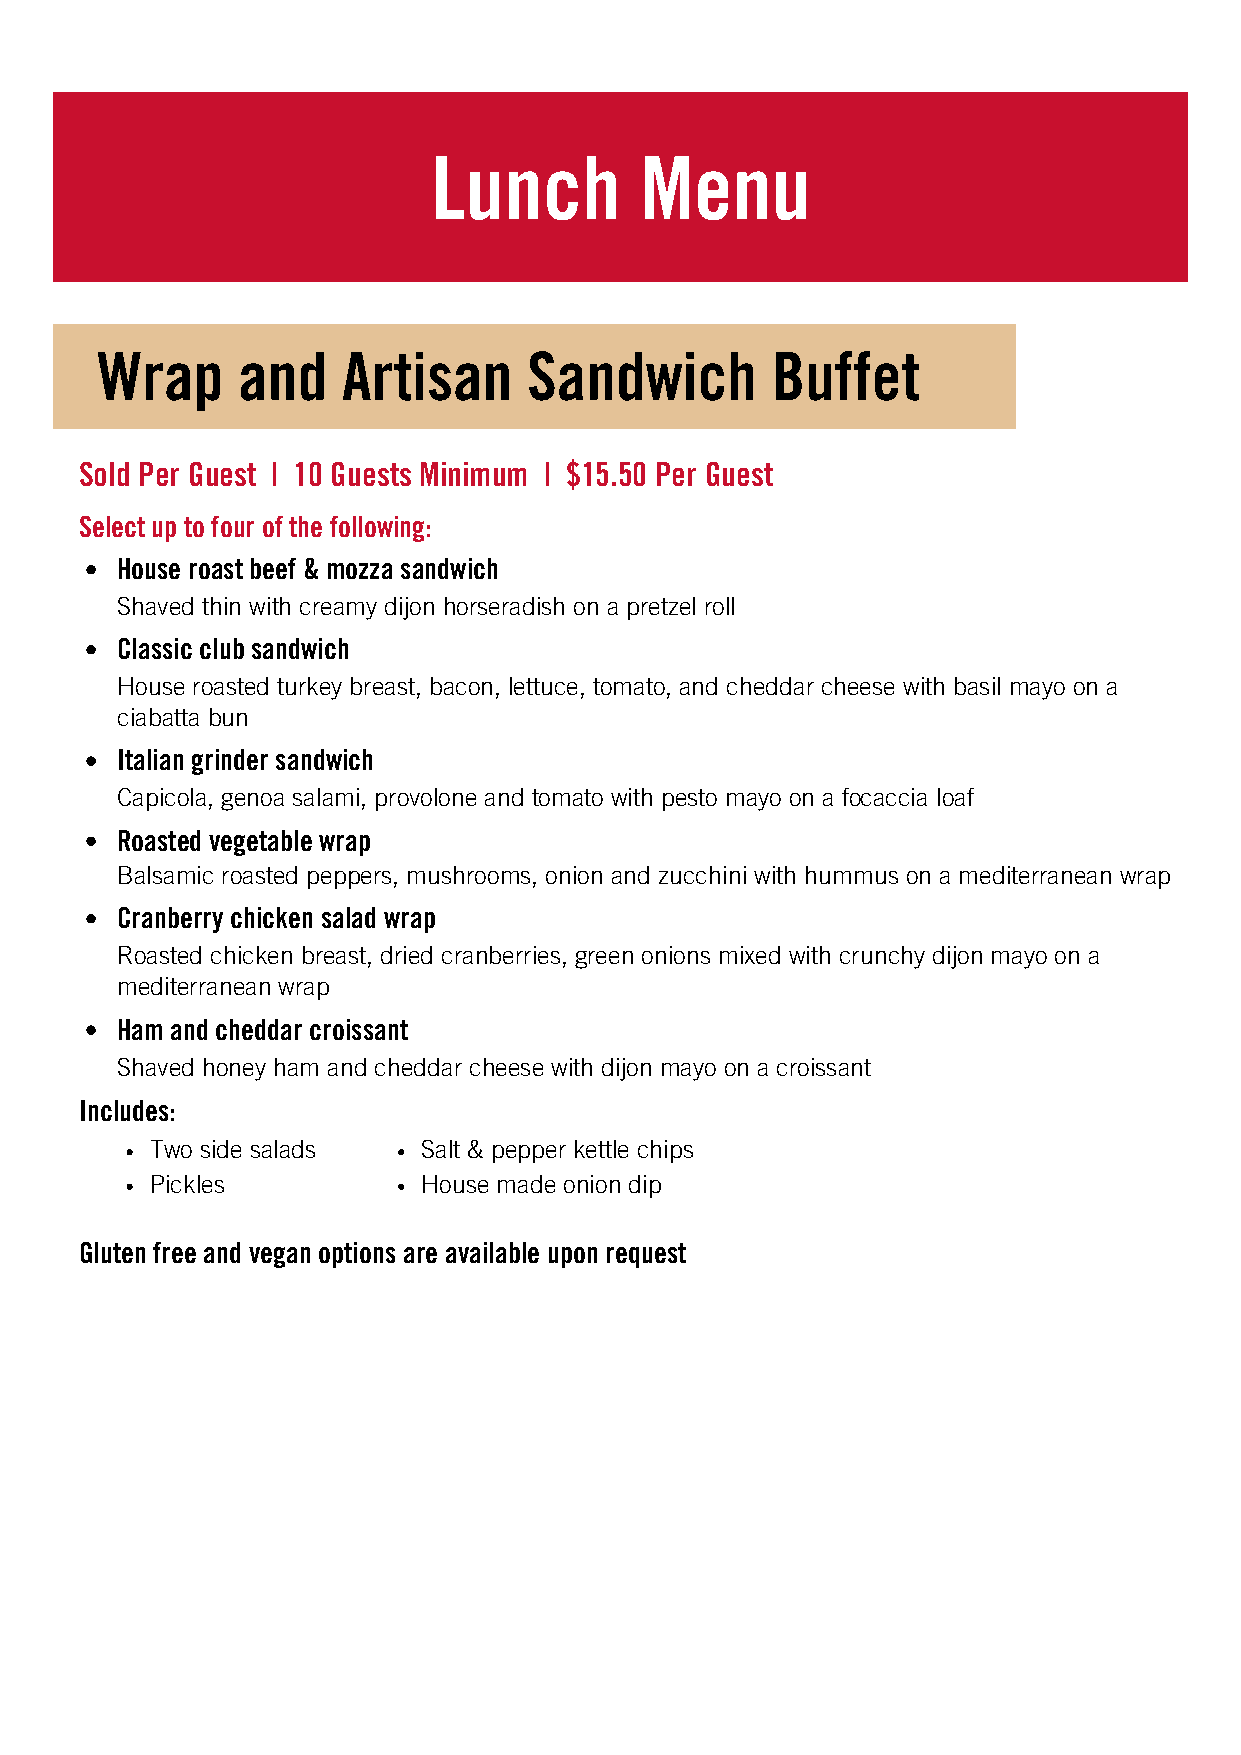
Lunch        Menu
 Wrap      and    Artisan     Sandwich        Buffet
 Sold Per Guest | 10 Guests Minimum | $15.50 Per Guest
 Select up to four of the following:
 House roast beef & mozza sandwich
 Shaved thin with creamy dijon horseradish on a pretzel roll
 Classic club sandwich
 House roasted turkey breast, bacon, lettuce, tomato, and cheddar cheese with basil mayo on a
 ciabatta bun
 Italian grinder sandwich
 Capicola, genoa salami, provolone and tomato with pesto mayo on a focaccia loaf
 Roasted vegetable wrap
 Balsamic roasted peppers, mushrooms, onion and zucchini with hummus on a mediterranean wrap
 Cranberry chicken salad wrap
 Roasted chicken breast, dried cranberries, green onions mixed with crunchy dijon mayo on a
 mediterranean wrap
 Ham and cheddar croissant
 Shaved honey ham and cheddar cheese with dijon mayo on a croissant
 Includes:
 Two side salads   Salt & pepper kettle chips
 Pickles           House made onion dip
 Gluten free and vegan options are available upon request